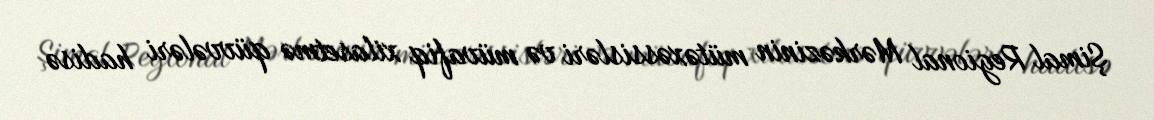
Şimal Regional Mərkəzinin mütəxəssisləri və müvafiq xilasetmə qüvvələri hadisə